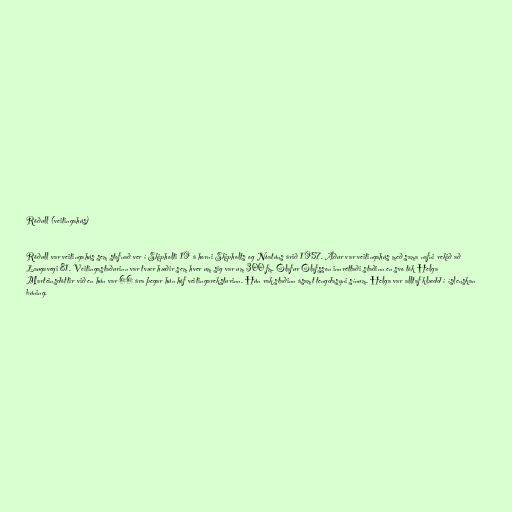
Röðull (veitingahús)

Röðull var veitingahús sem stofnað ver í Skipholti 19 á horni Skipholts og Nóatúns árið 1957. Áður var veitingahús með sama nafni rekið að
Laugavegi 81. Veitingastaðurinn var tvær hæðir sem hver um sig var um 300 fm. Ólafur Ólafsson innréttaði staðinn en svo tók Helga
Marteinsdóttir við en hún var 66 ára þegar hún hóf veitingareksturinn. Hún rak staðinn ásamt tengdasyni sínum. Helga var alltaf klædd í íslenskan
búning.